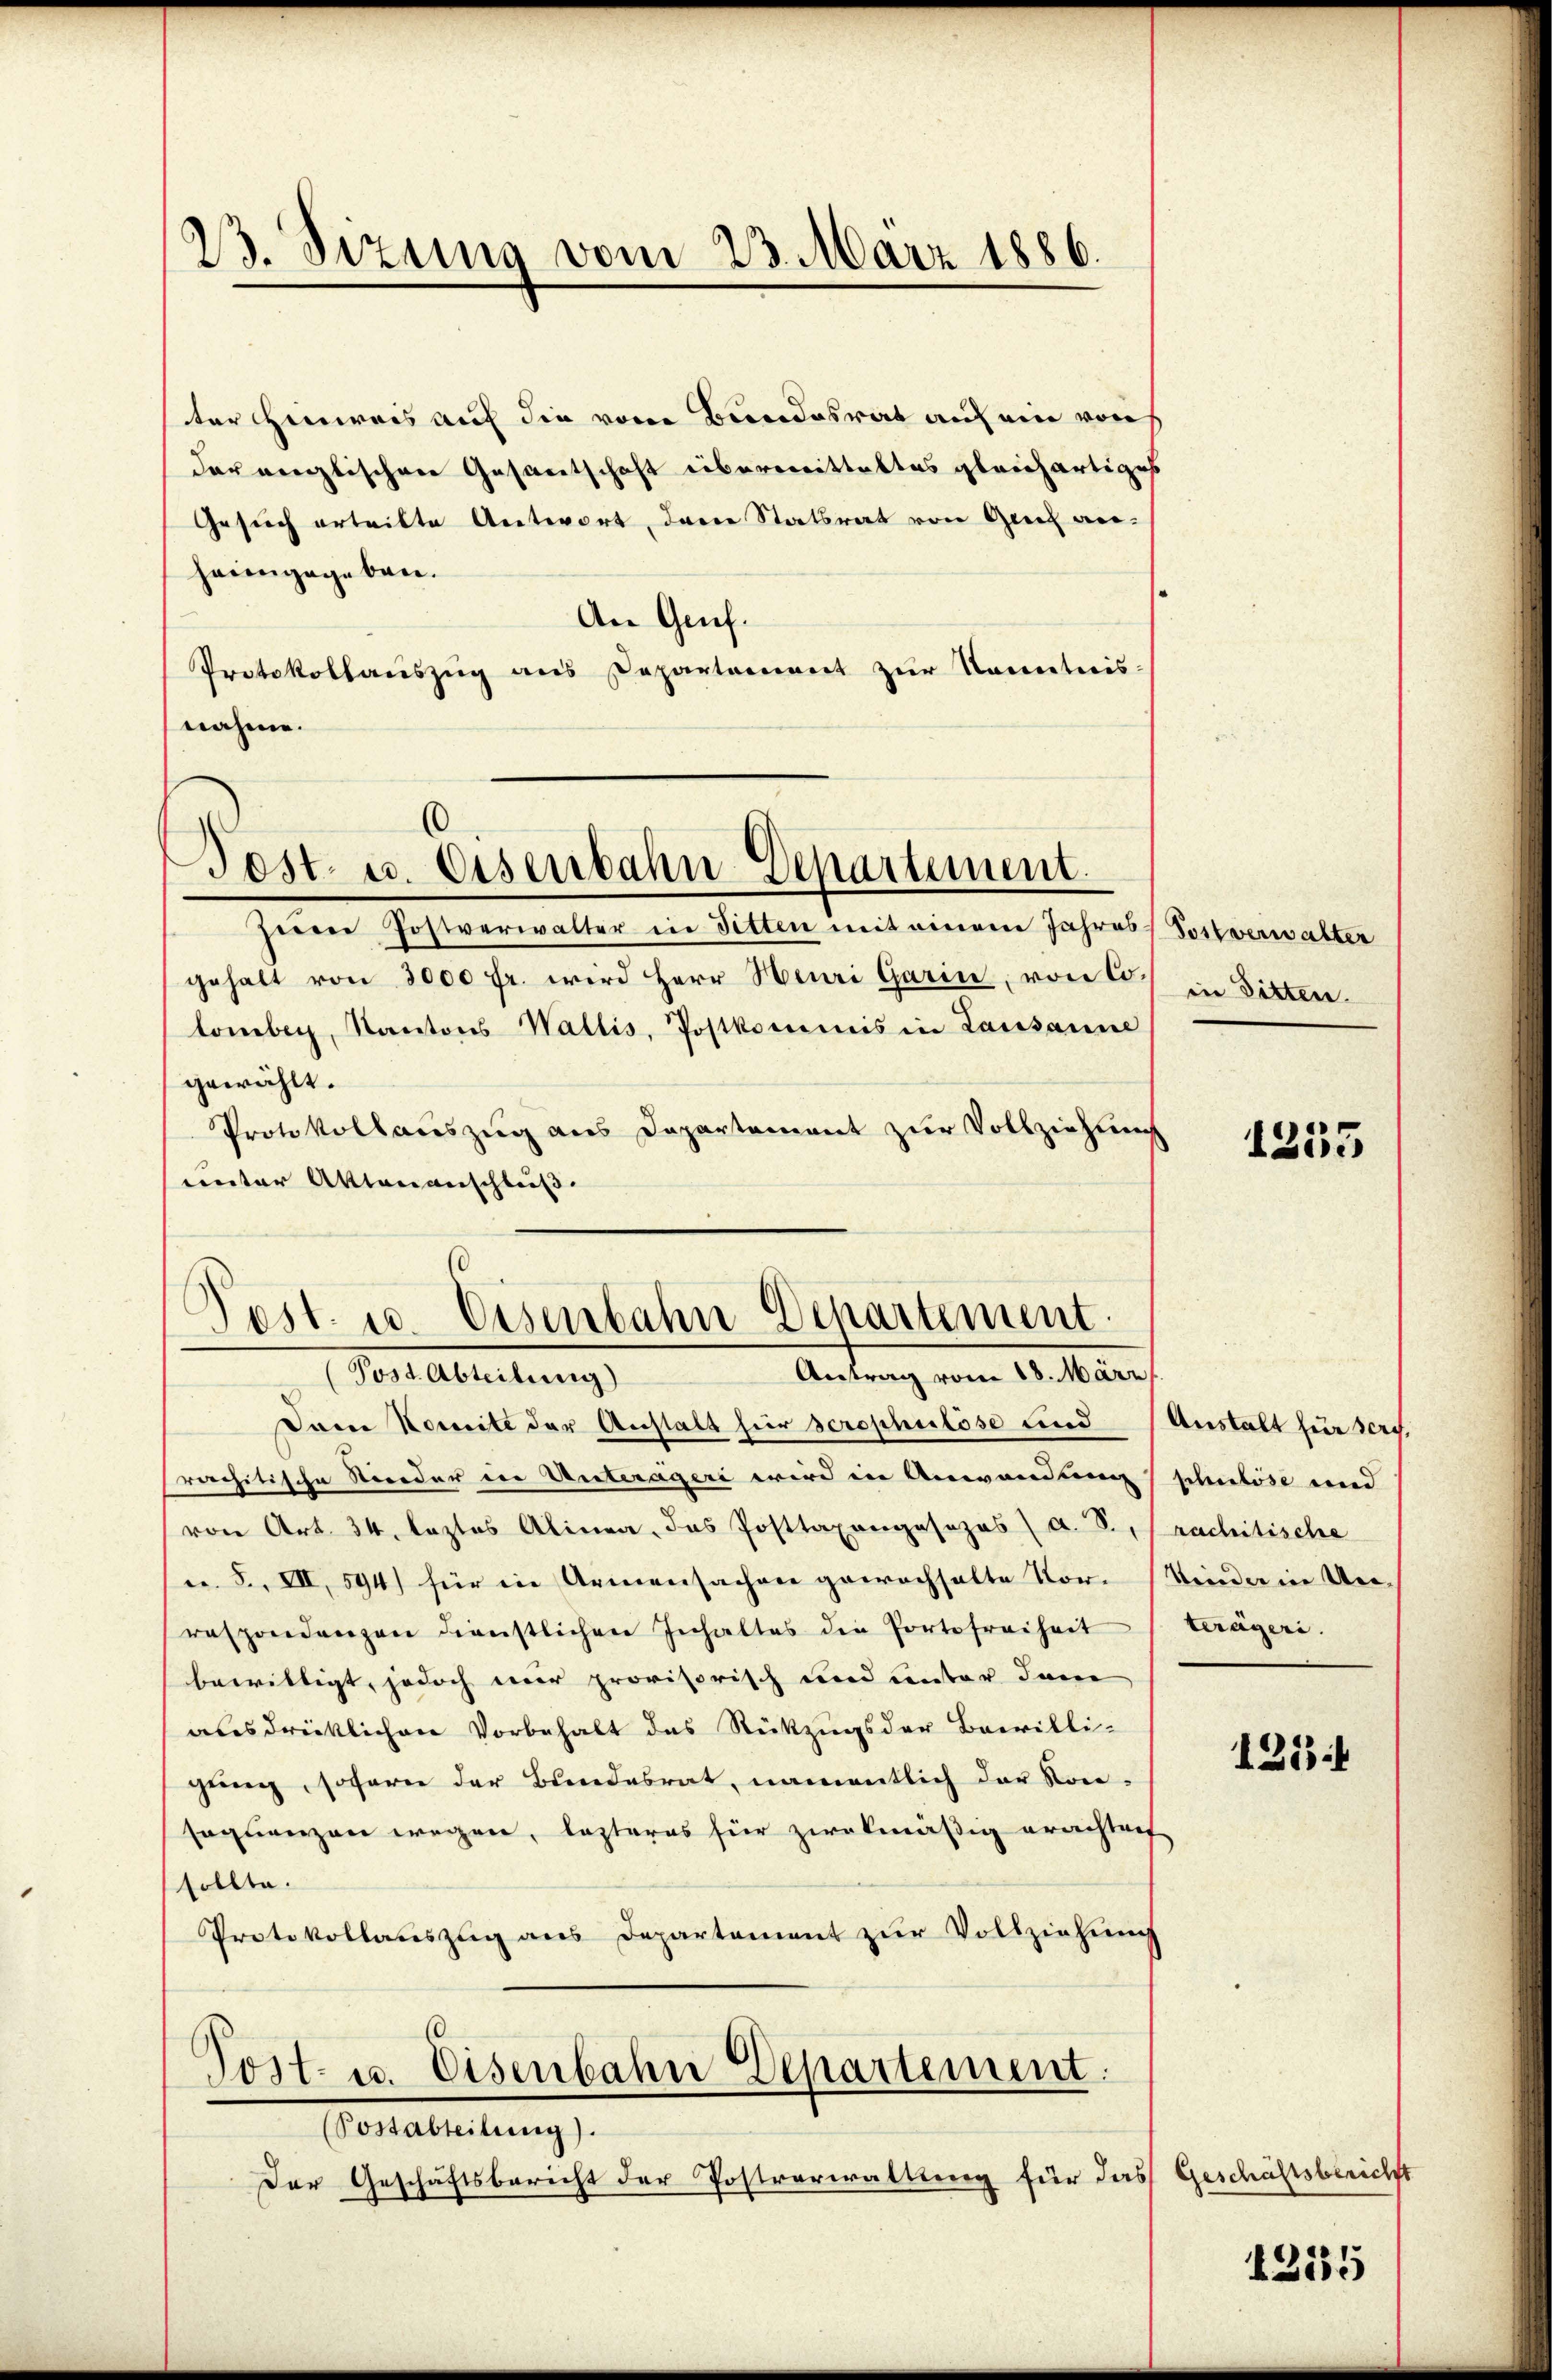
23. Sizung vom 23. März 1886.

ter Hinweis auf die vom Bundesrat auf ein von
dar anglischen Gesamtschaft übermittaltes gleichartiges
Gesuch erteilte Antwort, den Statsrat von Greif anheimgegeben.
An Gruf.
Protokollaŭszŭg ans Departement zŭr Kenntnis:
nahme.

d
Post- u. Eisenbahn-Departement.

Post. u. Eisenbahn Dchartement.
Post Abrechung
Antrag vom 18. März

Zuen Postverwalter in Sitten mit einem Jahres Postverwalter
gehalt von 3000 fr. wird Herr Heuri Garin, von Co
tomber, Kantons Wallis, Postkommis in Lausanne
gewählt.
Protokollauszug aus Departement zur Vollziehung
unter Aktenanschluß.
10

Iarie Nomite der Anstalt für scrophulöse und Anstalt für ders
rachitische Nieder in Unterägeri wird in Anwendung schulöse und
von Art. 34. leztes Alinea, das Posttaxongesezes a. S., rachitische
u. S. VII, 594) für in Armensachen gewachhalte Nor-Kinder in Un-
raspondenzen dienstlichen Inhaltes die Portofreiheit trägeri.
bewilligt, jedoch mir provisorisch und unter dam
ausdrücklichen Vorbehalt das Rückzugs der Bewilli-
gung, sofern der Bundesrat, namentlich der Konsequenzen wegen, lezteres für zwekmäßig erachteif
sollte.
Protokollauszug aus Departement zur Vollziehung
60.

Post- u. Eisenbahn Departement.

Votanteilung
Der Geschäftsbericht der Postverwaltung für das

in Sitten.

1255

125

) Geschäftsbericht

1315